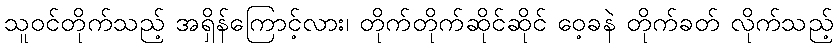
သူဝင်တိုက်သည့် အရှိန်ကြောင့်လား၊ တိုက်တိုက်ဆိုင်ဆိုင် ဝေ့ခနဲ တိုက်ခတ် လိုက်သည့်